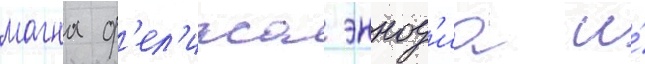
магна ф'ел'икса эннод'иа и́